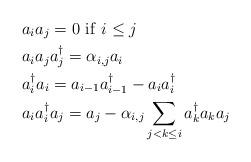
LaTeX: \begin{align*}&a_ia_j=0\,\, {\rm if}\,\, i\leq j\\&a_ia_ja_j^\dag= \alpha_{i, j}a_i\\&a^\dag_ia_i=a_{i-1}a^\dag_{i-1}- a_ia^\dag_i\\&a_ia^\dag_i a_j=a_j-\alpha_{i, j}\sum_{j<k\leq i}a^\dag_ka_ka_j\,\, \end{align*}